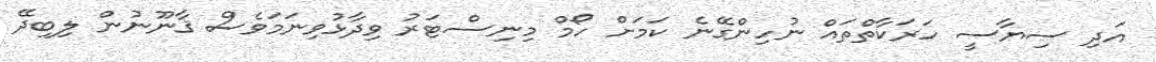
އަދި ސިޔާސީ ހަރަކާތްތައް ނުހިންގޭނެ ކަމަށް ހޯމް މިނިސްޓަރު ވިދާޅުވިނަމަވެސް ޤާނޫނުން ލިބިދޭ